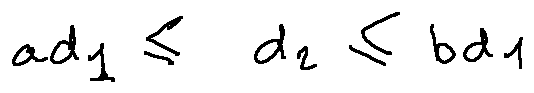
a d _ { 1 } \leq d _ { 2 } \leq b d _ { 1 }